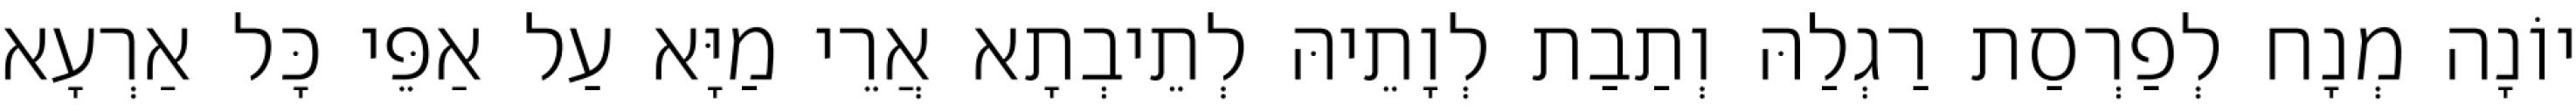
יוֹנָה מְנָח לְפַרְסַת רַגְלַהּ וְתַבַת לְוָתֵיהּ לְתֵיבְתָא אֲרֵי מַיָּא עַל אַפֵּי כָּל אַרְעָא